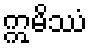
ဣမိဿံ